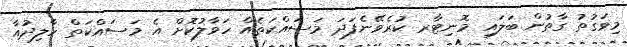
މިވަގުތު ގާތުން ބަލައި މޮނިޓާރ ކުރެވޭނެފަދަ މަސައްކަތެއް ހަވާލުކޮށް އެ މަސައްކަތް ހާލިދުއާ